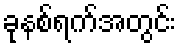
ခုနစ်ရက်အတွင်း